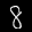
Label: 8